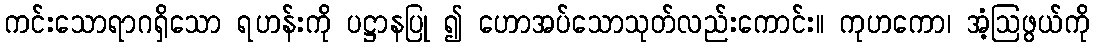
ကင်းသောရာဂရှိသော ရဟန်းကို ပဋ္ဌာနပြု ၍ ဟောအပ်သောသုတ်လည်းကောင်း။ ကုဟကော၊ အံ့ဩဖွယ်ကို